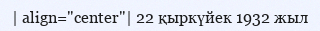
| align="center"| 22 қыркүйек 1932 жыл